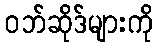
ဝဘ်ဆိုဒ်များကို